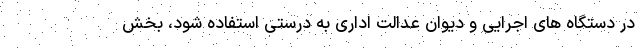
در دستگاه های اجرایی و دیوان عدالت اداری به درستی استفاده شود، بخش